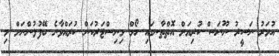
އުމަރު ނަސީރު ނޫނަސް ކުރިޔަށް އޮތްތާނގައި ހޯމް މިނިސްޓަރުކަން ކުރައްވާނެ ބޭފުޅުންނަަށް މި